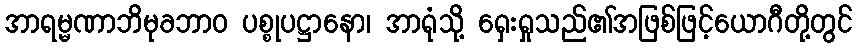
အာရမ္မဏာဘိမုခဘာဝ ပစ္စုပဋ္ဌာနော၊ အာရုံသို့ ရှေးရှုသည်၏အဖြစ်ဖြင့်ယောဂီတို့တွင်